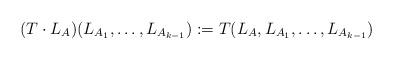
LaTeX: \begin{align*} (T\cdot L_A)(L_{A_1},\ldots,L_{A_{k-1}}) := T(L_A,L_{A_1},\ldots,L_{A_{k-1}})\end{align*}